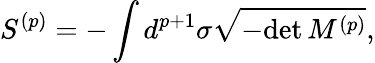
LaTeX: S^{(p)}=-\int d^{p+1}\sigma\sqrt{-\mathrm{det}\, M^{(p)}},